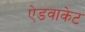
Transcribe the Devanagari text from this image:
ऐडवाकेट